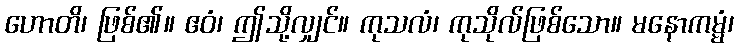
ဟောတိ၊ ဖြစ်၏။ ဧဝံ၊ ဤသို့လျှင်။ ကုသလံ၊ ကုသိုလ်ဖြစ်သော။ မနောကမ္မံ၊